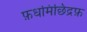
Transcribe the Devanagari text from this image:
फ़धमिछिद्रफ़